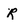
Character: R